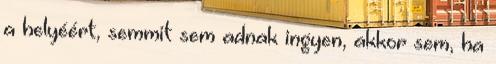
a helyéért, semmit sem adnak ingyen, akkor sem, ha